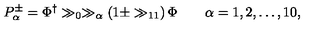
P _ { \alpha } ^ { \pm } = \Phi ^ { \dagger } \gg _ { 0 } \gg _ { \alpha } \left( 1 \pm \gg _ { 1 1 } \right) \Phi \qquad \alpha = 1 , 2 , \dots , 1 0 ,